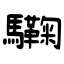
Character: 驧